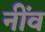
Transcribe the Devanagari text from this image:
नींंव